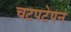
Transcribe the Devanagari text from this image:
चटपटेपन